Civil Veterinary Department. Madras. Admin. report 1926-33 - 1926-1933
Year: 1926
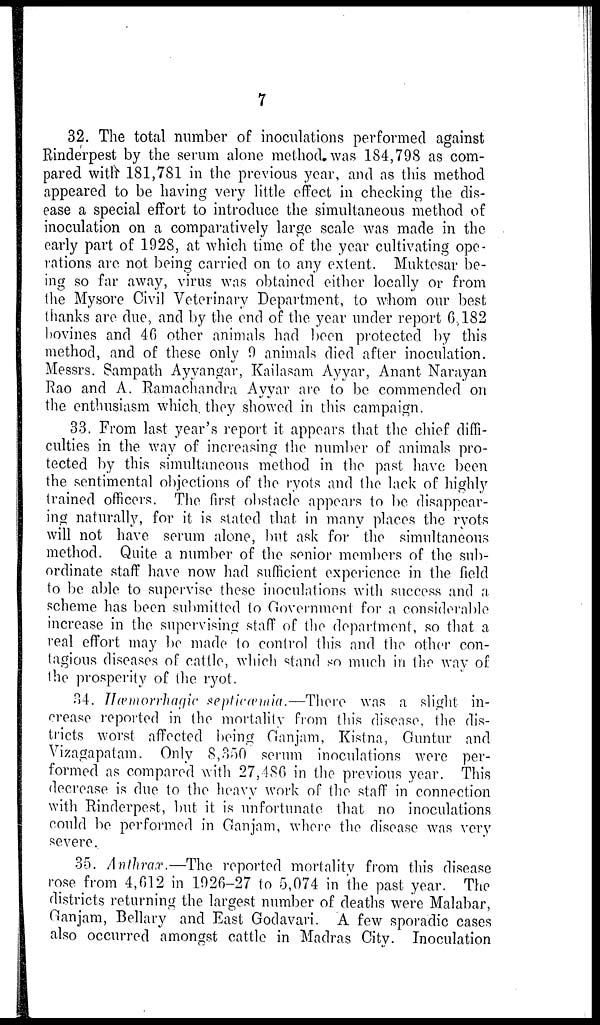
7
32. The total number of inoculations performed against
Rinderpest by the serum alone method, was 184,798 as com-
pared with 181,781 in the previous year, and as this method
appeared to be having very little effect in checking the dis-
ease a special effort to introduce the simultaneous method of
inoculation on a comparatively large scale was made in the
early part of 1928, at which time of the year cultivating ope-
rations are not being carried on to any extent. Muktesar be-
ing so far away, virus was obtained either locally or from
the Mysore Civil Veterinary Department, to whom our best
thanks are due, and by the end of the year under report 6.182
bovines and 46 other animals had been protected by this
method, and of these only 9 animals died after inoculation.
Messrs. Sampath Ayyangar, Kailasam Ayyar, Anant Narayan
Rao and A. Ramachandra Ayyar are to be commended on
the enthusiasm which they showed in this campaign.
33. From last year's report it appears that the chief diffi-
culties in the way of increasing the number of animals pro-
tected by this simultaneous method in the past have been
the sentimental objections of the ryots and the lack of highly
trained officers. The first obstacle appears to be disappear-
ing naturally, for it is stated that in many places the ryots
will not have serum alone, but ask for the simultaneous
method. Quite a number of the senior members of the sub-
ordinate staff have now had sufficient experience in the field
to be able to supervise these inoculations with success and a
scheme has been submitted to Government for a considerable
increase in the supervising staff of the department, so that a
real effort may be made to control this and the other con-
tagious diseases of cattle, which stand so much in the way of
the prosperity of the ryot.
34. Hæmorrhagic septicæmia.—There was a slight in-
crease reported in the mortality from this disease, the dis-
tricts worst affected being Ganjam, Kistna, Guntur and
Vizagapatam. Only 8,350 serum inoculations were per-
formed as compared with 27,486 in the previous year. This
decrease is due to the heavy work of the staff in connection
with Rinderpest, but it is unfortunate that no inoculations
could be performed in Ganjam, where the disease was very
severe.
35. Anthrax.—The reported mortality from this disease
rose from 4,612 in 1926-27 to 5,074 in the past year. The
districts returning the largest number of deaths were Malabar,
Ganjam, Bellary and East Godavari. A few sporadic cases
also occurred amongst cattle in Madras City. Inoculation